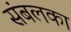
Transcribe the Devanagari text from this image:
संबलका